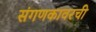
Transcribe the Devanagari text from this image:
संगणकावरची